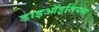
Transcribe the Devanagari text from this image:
डाइऑइसियस